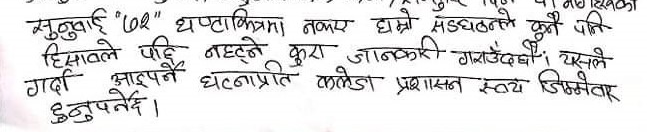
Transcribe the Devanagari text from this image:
सुनुवाई "०२" हप्ताभित्र नभए हाम्रो सङ्गठनले कुनै पनि
हिसाबले पछि नहट्ने कुरा जानकारी गराउँदछौँ। यसले
गर्दा आइपर्ने घटनाप्रति कलेज प्रशासन स्वयं जिम्मेवार
हुनुपर्नेछ।